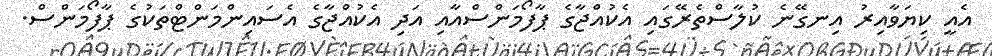
އެއީ ކިޔަވާއިރު އިނގޭނެ ކުލާސްތެރޭގައި އެކުއްޖާގެ ޕާފޯމަންސްއާއި އަދި އެކުއްޖާގެ އެސައިންމަންޓްތަކުގެ ޕާފޯމަންސް.